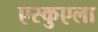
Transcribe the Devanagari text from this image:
एस्कुएला